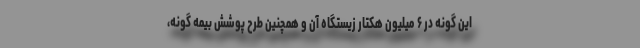
این گونه در ۶ میلیون هکتار زیستگاه آن و همچنین طرح پوشش بیمه گونه،